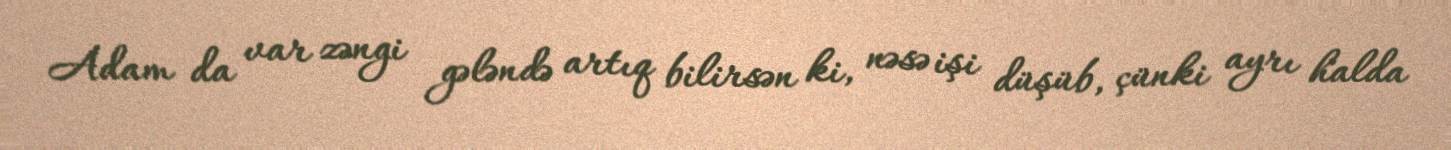
Adam da var zəngi gələndə artıq bilirsən ki, nəsə işi düşüb, çünki ayrı halda